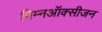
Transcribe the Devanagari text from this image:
निम्नऑक्सीजन